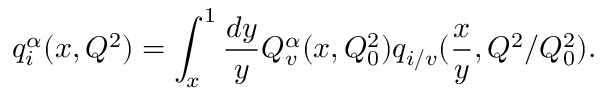
q _ { i } ^ { \alpha } ( x , Q ^ { 2 } ) = \int _ { x } ^ { 1 } { \frac { d y } { y } } Q _ { v } ^ { \alpha } ( x , Q _ { 0 } ^ { 2 } ) q _ { i / v } ( { \frac { x } { y } } , Q ^ { 2 } / Q _ { 0 } ^ { 2 } ) .